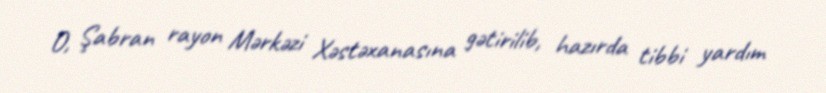
O, Şabran rayon Mərkəzi Xəstəxanasına gətirilib, hazırda tibbi yardım